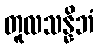
တူလသန္နိဘံ